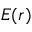
E ( r )